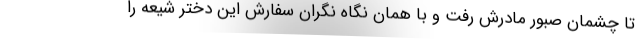
تا چشمان صبور مادرش رفت و با همان نگاه نگران سفارش این دختر شیعه را